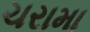
ચરામા